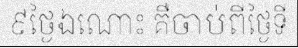
៩ថ្ងៃឯណោះ គឺចាប់ពីថ្ងៃទី